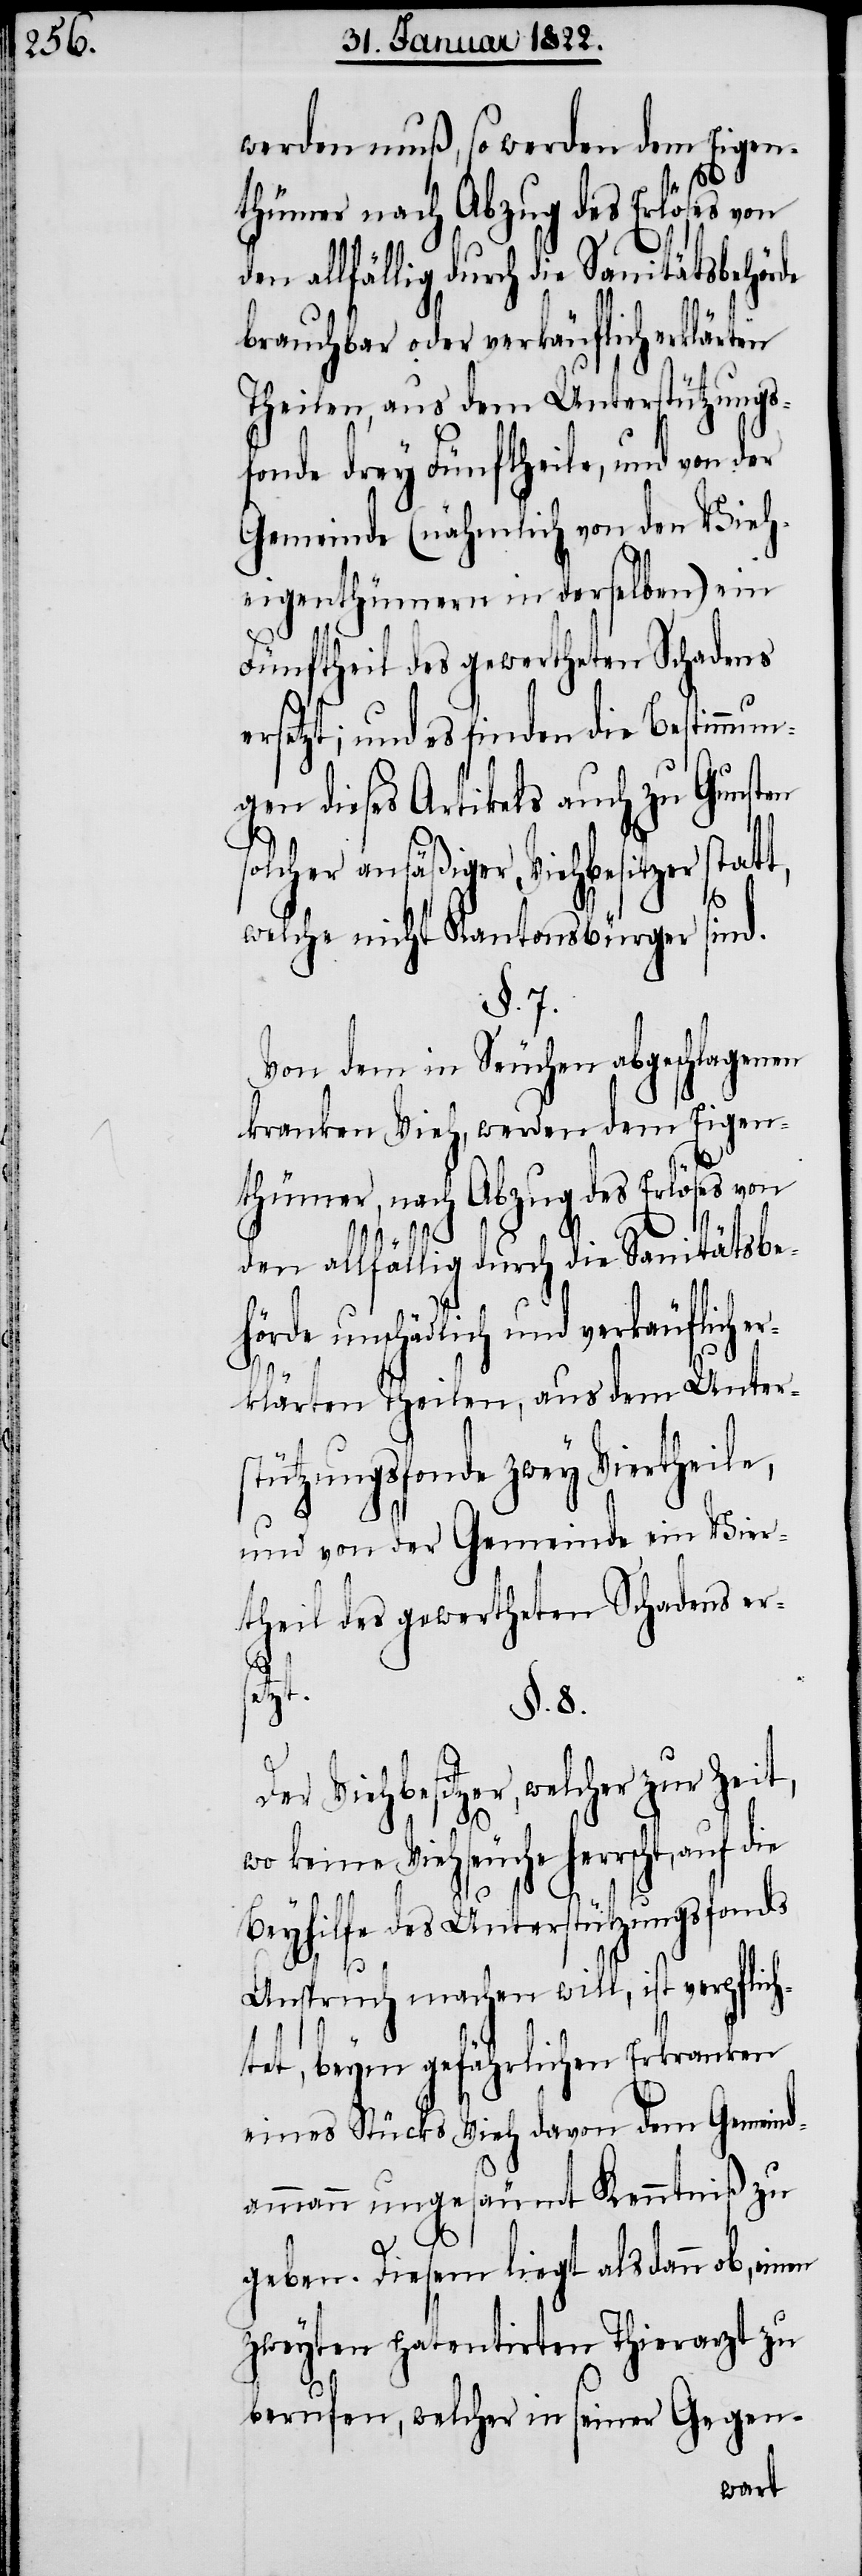
werden muß, so werden dem Eigen¬
thümer, nach Abzug des Erlöses von
den allfällig durch die Sanitätsbehörde
brauchbar oder verkäuflich erklärten
Theilen, aus dem Unterstützungs¬
fonde drey Fünftheile, und von der
Gemeinde (nähmlich von den Vieh¬
eigenthümern in derselben) ein
Fünftheil des gewertheten Schadens
rsetzt; und es finden die Bestimmun¬
gen dieses Artikels auch zu Gunsten
solcher ansäßiger Viehbesitzer statt,
welche nicht Kantonsbürger sind.
§. 7.
Von dem in Seuchen abgeschlagenen
kranken Vieh, werden dem Eigen¬
unschädlich und verkäuflich
erklärten Theilen, aus dem Unter¬
stützungsfonde zwey Viertheile,
und von der Gemeinde ein Vier¬
theil des gewertheten Schadens ers¬
etzt.
§. 8.
Der Viehbesitzer, welcher zu
wo keine Viehseuche herrscht, auf die
e¬
Beyhilfe des Unterstützungsfonds
Anspruch machen will, ist verpflich¬
tet, beym gefährlichen Erkranken
eines Stücks Vieh davon dem Gemeind¬
ammann ungesäumt Kenntniß zu
geben. Diesem liegt alsdann ob, einen
zweyten patentirten Thierarzt zu
berufen, welcher in seiner Gegen-